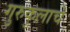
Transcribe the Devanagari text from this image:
गुरुकुलाचे